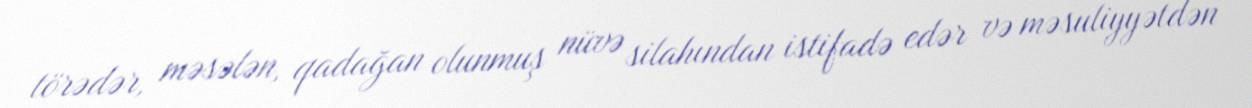
törədər, məsələn, qadağan olunmuş nüvə silahından istifadə edər və məsuliyyətdən